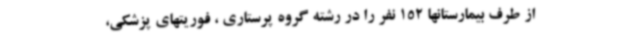
از طرف بیمارستانها 152 نفر را در رشته گروه پرستاری ، فوریتهای پزشکی،